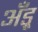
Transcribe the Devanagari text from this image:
अँड्र्